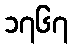
၁၇၆၇